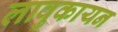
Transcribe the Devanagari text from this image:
लावुकायन